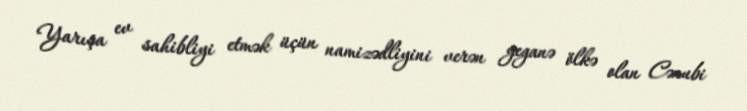
Yarışa ev sahibliyi etmək üçün namizədliyini verən yeganə ölkə olan Cənubi